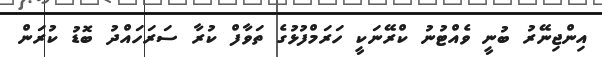
އިންޖިނޭރު ބުނީ ވެއްޓުނު ކްރޭނަކީ ހަރަމްފުޅުގެ ތަވާފް ކުރާ ސަރަހައްދު ބޮޑު ކުރަން